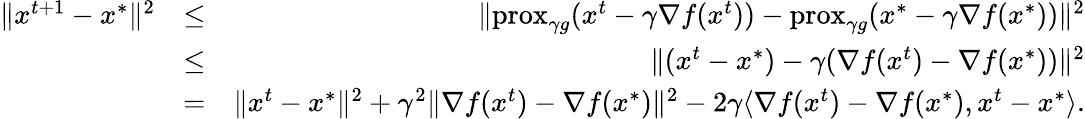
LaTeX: \begin{array}{rlr}{\Vert x^{t+1}-x^{*}\Vert^{2}}&{\leq}&{\Vert\mathrm{prox}_{\gamma g}(x^{t}-\gamma\nabla f(x^{t}))-\mathrm{prox}_{\gamma g}(x^{*}-\gamma\nabla f(x^{*}))\Vert^{2}}\\ &{\leq}&{\Vert(x^{t}-x^{*})-\gamma(\nabla f(x^{t})-\nabla f(x^{*}))\Vert^{2}}\\ &{=}&{\Vert x^{t}-x^{*}\Vert^{2}+\gamma^{2}\Vert\nabla f(x^{t})-\nabla f(x^{*})\Vert^{2}-2\gamma\langle\nabla f(x^{t})-\nabla f(x^{*}),x^{t}-x^{*}\rangle.}\end{array}